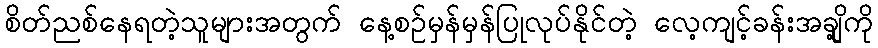
စိတ်ညစ်နေရတဲ့သူများအတွက် နေ့စဉ်မှန်မှန်ပြုလုပ်နိုင်တဲ့ လေ့ကျင့်ခန်းအချို့ကို